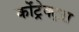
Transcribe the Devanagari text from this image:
कोंट्रेक्ट्स